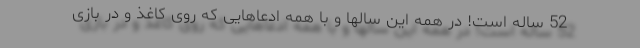
52 ساله است! در همه این سالها و با همه ادعاهایی که روی کاغذ و در بازی